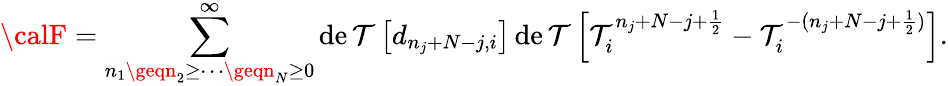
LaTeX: {\calF}=\sum_{n_{1}\geqn_{2}\geq\cdots\geqn_{N}\geq0}^{\infty}\operatorname*{de\mathcal{T}}\left[d_{n_{j}+N-j,i}\right]\operatorname*{de\mathcal{T}}\left[\mathcal{T}_{i}^{n_{j}+N-j+\frac{{1}}{{2}}}-\mathcal{T}_{i}^{-(n_{j}+N-j+\frac{{1}}{{2}})}\right].